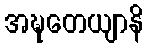
အဍ္ဎတေယျာနိ